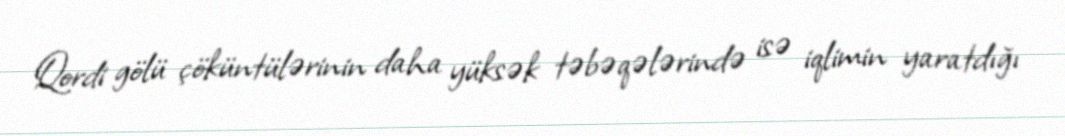
Qordi gölü çöküntülərinin daha yüksək təbəqələrində isə iqlimin yaratdığı